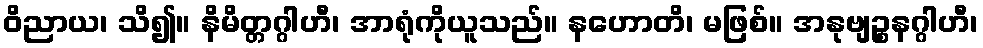
ဝိညာယ၊ သိ၍။ နိမိတ္တဂ္ဂါဟီ၊ အာရုံကိုယူသည်။ နဟောတိ၊ မဖြစ်။ အနုဗျဉ္စနဂ္ဂါဟီ၊